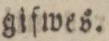
giſwes.